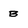
Character: B